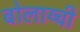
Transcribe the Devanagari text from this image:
बोलाय्ची